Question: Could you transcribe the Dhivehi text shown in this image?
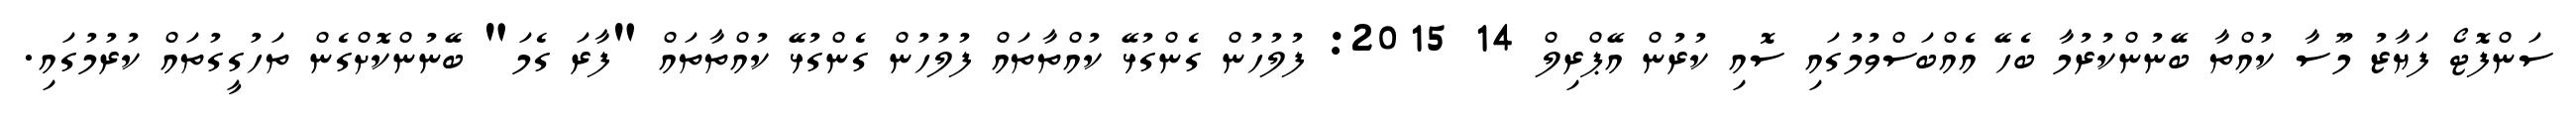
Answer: ސަންފޮޓޯ ފަޔާޒު މޫސާ ކުއްތާ ބޭނުންކުރުމާ ބެހޭ އެއްބަސްވުމުގައި ސޮއި ކުރުން އޭޕްރިލް 14 2015: ފުލުހުން ގެންގުޅޭ ކުއްތާތައް ފުލުހުން ގެންގުޅޭ ކުއްތާތައް "ފާރަ ގެމަ" ބޭނުންކޮށްގެން ތަހުގީގުތައް ކުރުމުގައި.